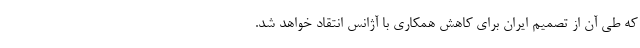
که طی آن از تصمیم ایران برای کاهش همکاری با آژانس انتقاد خواهد شد.